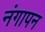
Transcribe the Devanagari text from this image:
नंगापन